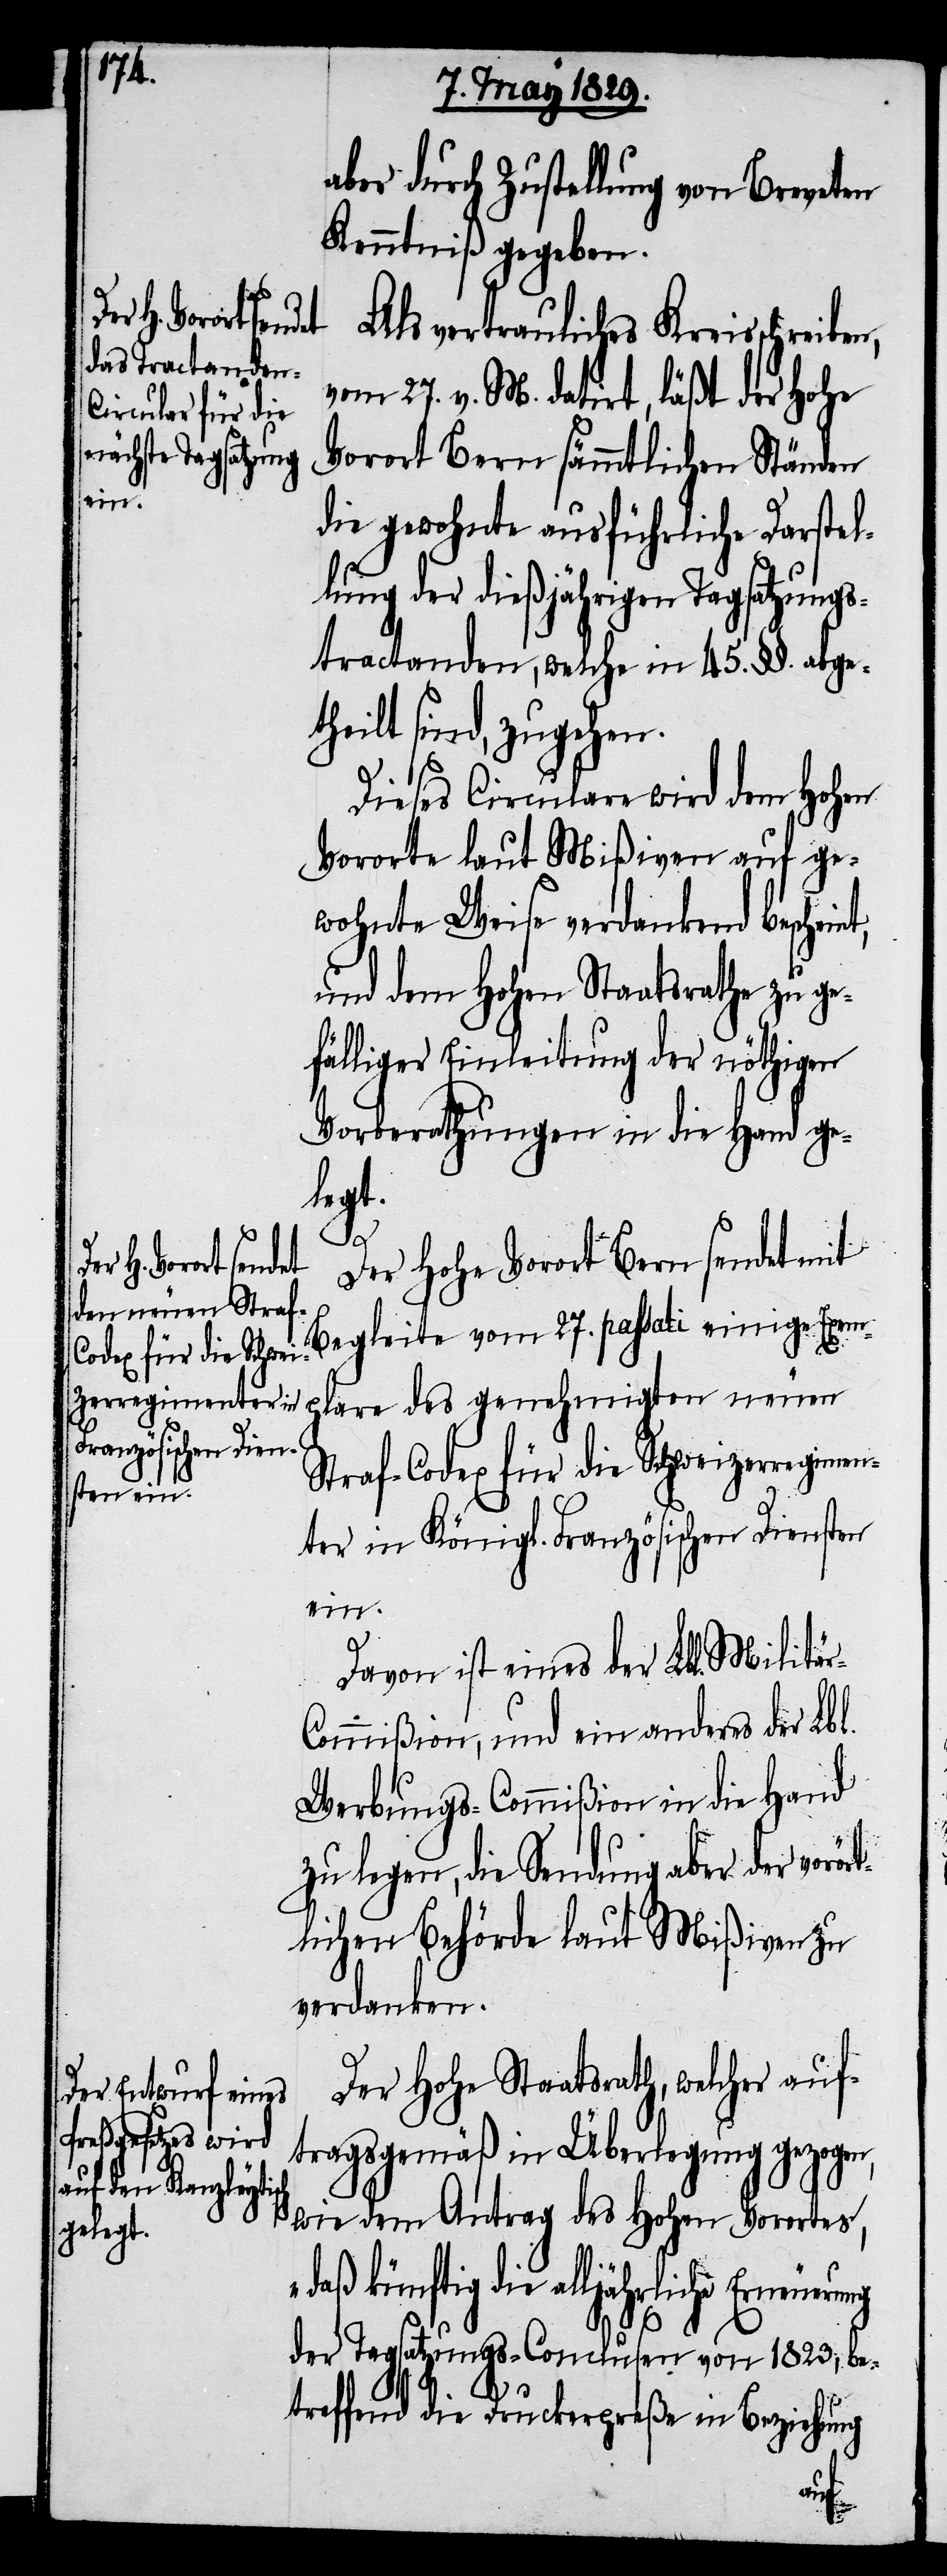
aber durch Zustellung von Breveten
Kenntniß gegeben.
Als vertrauliches Kreisschreiben,
vom 27. v. M. datirt, läßt der Hohe
Vorort Bern sämmtlichen Ständen
die gewohnte ausführliche Darstel¬
lung der dießjährigen Tagsatzungs¬
tractanden, welche in 45. §§. abge¬
theilt sind, zugehen.
Dieses Circulare wird dem Hohen
Vororte laut Mißiven auf ge¬
wohnte Weise verdankend bescheint,
und dem Hohen Staatsrathe zu ge¬
fälliger Einleitung der nöthigen
Vorberathung in die Hand ge¬
legt.
Der Hohe Vorort Bern sendet mit
Begleite vom 27. passati einige Exem¬
plare des genehmigten neuen
Straf-Codex für die Schweizerregime¬
nter in Königl. Französischen Diensten
ein.
Davon ist der Lbl. Militä¬
ommißion, und ein anderes der Lbl.
Werbungs-Commißion in die Hand
zu legen, die Sendung aber der vorör¬
tlichen Behörde laut Mißiven zu
verdanken.
Der Hohe Staatsrath, welcher auf¬
tragsgemäß in Überlegung gezogen,
wie dem Antrag des Hohen Vorortes,
„daß künftig die alljährliche
der Tagsatzungs-Conclusen von 1823, be¬
treffend die Druckerpreße in Beziehung
r-C¬